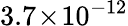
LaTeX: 3.7\! \times\! 10^{-12}